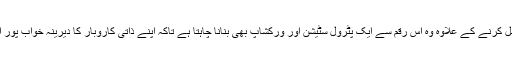
تعلیم مکمل کرنے کے علاوہ وہ اس رقم سے ایک پٹرول سٹیشن اور ورکشاپ بھی بنانا چاہتا ہے تاکہ اپنے ذاتی کاروبار کا دیرینہ خواب پور اکرسکے۔